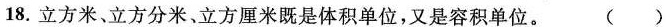
18.立方米、立方分米、立方厘米既是体积单位，又是容积单位。 ()